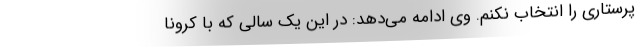
پرستاری را انتخاب نکنم. وی ادامه می‌دهد: در این یک سالی که با کرونا